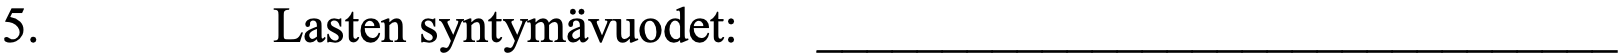
5.       Lasten syntymävuodet: ________________________________